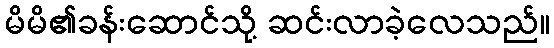
မိမိ၏ခန်းဆောင်သို့ ဆင်းလာခဲ့လေသည်။